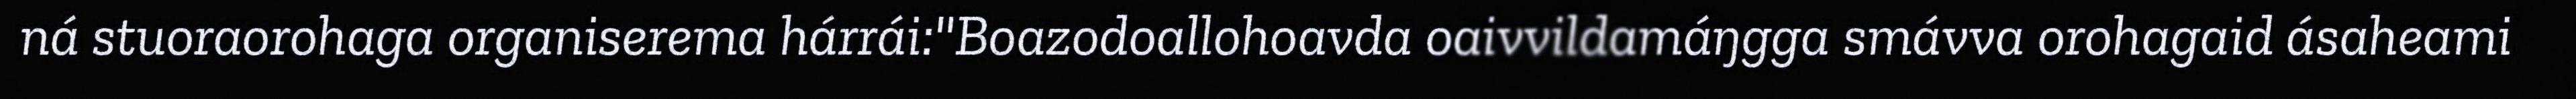
ná stuoraorohaga organiserema hárrái:"Boazodoallohoavda oaivvildamáŋgga smávva orohagaid ásaheami